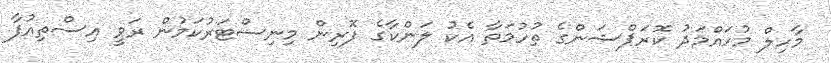
މާހިލް މުހައްމަދު ކޮރަޕްޝަންގެ ތުހުމަތާ އެކު ލަންކާގެ ފޮރިން މިނިސްޓަރުކަމުން ރަވީ އިސްތިއުފާ